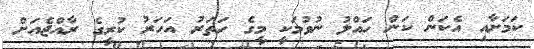
ކަމަށާއި އެކަން ކަން ހައްލު ނުވުމަކީ މީގެ ހަތަރު އަހަރު ކުރީގެ ރާއްޖެއަށް